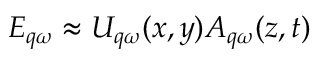
E _ { q \omega } \approx U _ { q \omega } ( x , y ) A _ { q \omega } ( z , t )